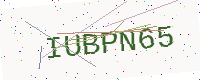
Text: IUBPN65